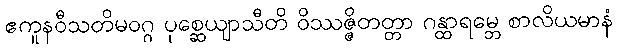
ဧကူနဝီသတိမဝဂ္ဂ ပုစ္ဆေယျာသီတိ ဝိဿဇ္ဇိတတ္တာ ဂန္ထာရမ္ဘေ စာလိယမာနံ